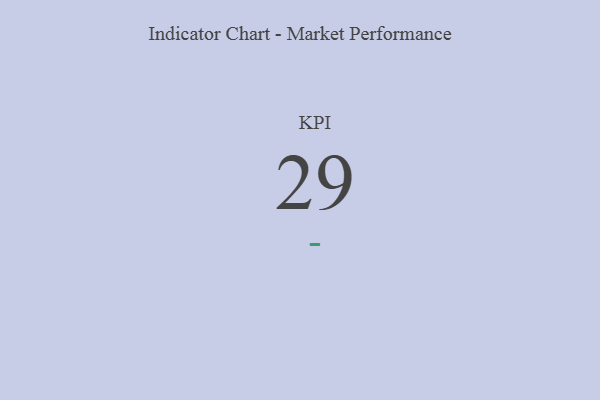
{"axis": {"x": "KPI", "y": "Value"}, "legend": [""], "data": [{"x": "KPI", "y": 29, "type": ""}]}